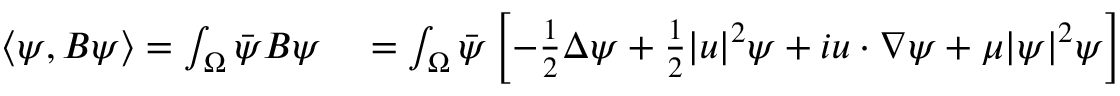
\begin{array} { r l } { \langle \psi , B \psi \rangle = \int _ { \Omega } \Bar { \psi } B \psi } & { { } = \int _ { \Omega } \Bar { \psi } \left[ - \frac { 1 } { 2 } \Delta \psi + \frac { 1 } { 2 } \lvert u \rvert ^ { 2 } \psi + i u \cdot \nabla \psi + \mu \lvert \psi \rvert ^ { 2 } \psi \right] } \end{array}